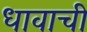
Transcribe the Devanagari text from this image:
धावाची